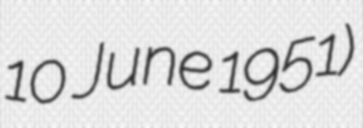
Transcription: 10 June 1951)